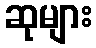
ဆုများ